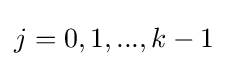
{\textstyle j=0,1,...,k-1}